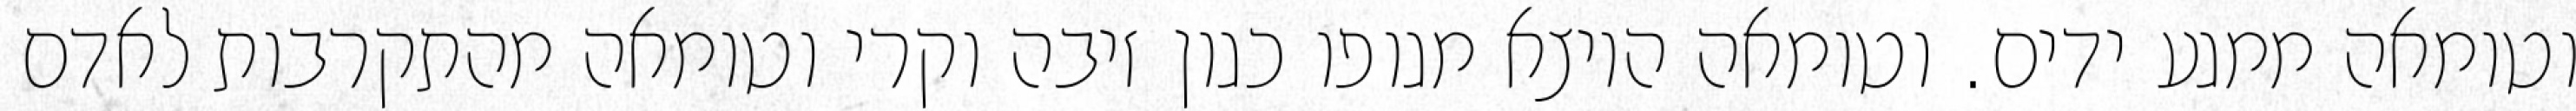
וטומאה ממגע ידים. וטומאה היוצא מגופו כגון זיבה וקרי וטומאה מהתקרבות לאדם